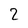
Character: 2